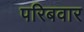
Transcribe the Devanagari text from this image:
परिबवार